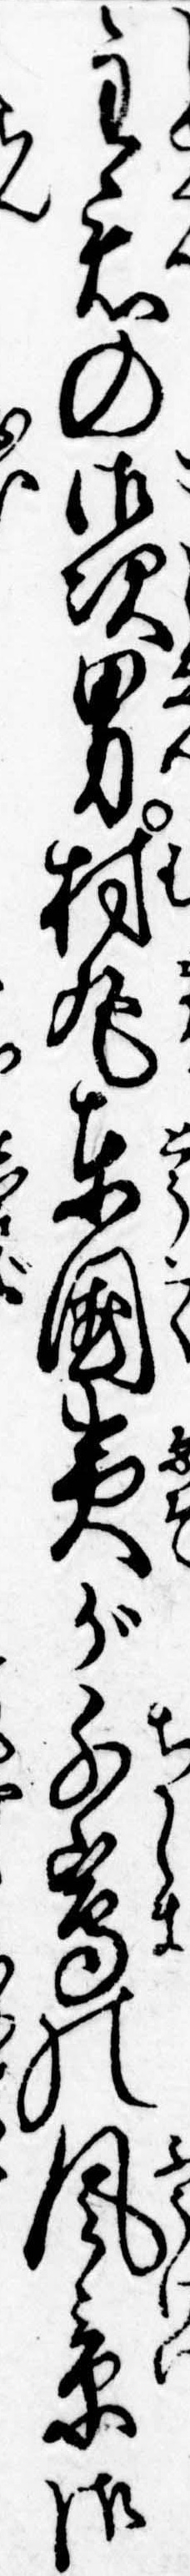
主君の御次男村丸東国夷が千島の風景御